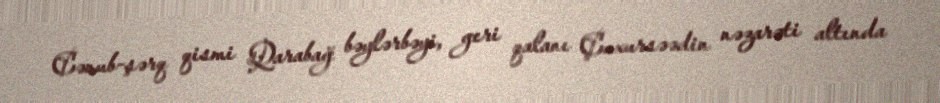
Cənub-şərq qismi Qarabağ bəylərbəyi, geri qalanı Çuxursəədin nəzarəti altında